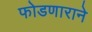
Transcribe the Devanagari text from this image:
फोडणाराने